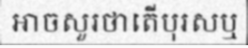
អាចសួរថាតើបុរសឬ